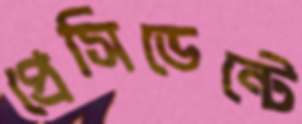
প্রেসিডেন্টে